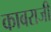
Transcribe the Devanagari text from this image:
काबराजी